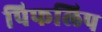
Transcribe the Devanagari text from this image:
पिफलिप